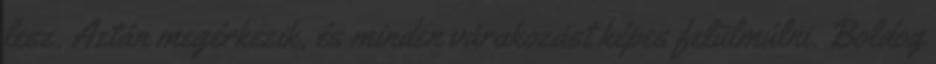
lesz. Aztán megérkezik, és minden várakozást képes felülmúlni. Boldog